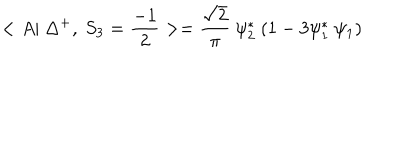
< A | ~ \Delta ^ { + } , ~ S _ { 3 } = \frac { - 1 } { 2 } > = \frac { \sqrt { 2 } } { \pi } ~ \psi _ { 2 } ^ { * } ~ ( 1 - 3 \psi _ { 1 } ^ { * } ~ \psi _ { 1 } )